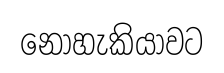
නොහැකියාවට